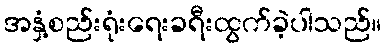
အနှံ့စည်းရုံးရေးခရီးထွက်ခဲ့ပါသည်။